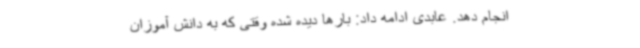
انجام دهد. عابدی ادامه داد: بارها دیده شده وقتی که به دانش آموزان